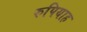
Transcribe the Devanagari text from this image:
रुपियाह